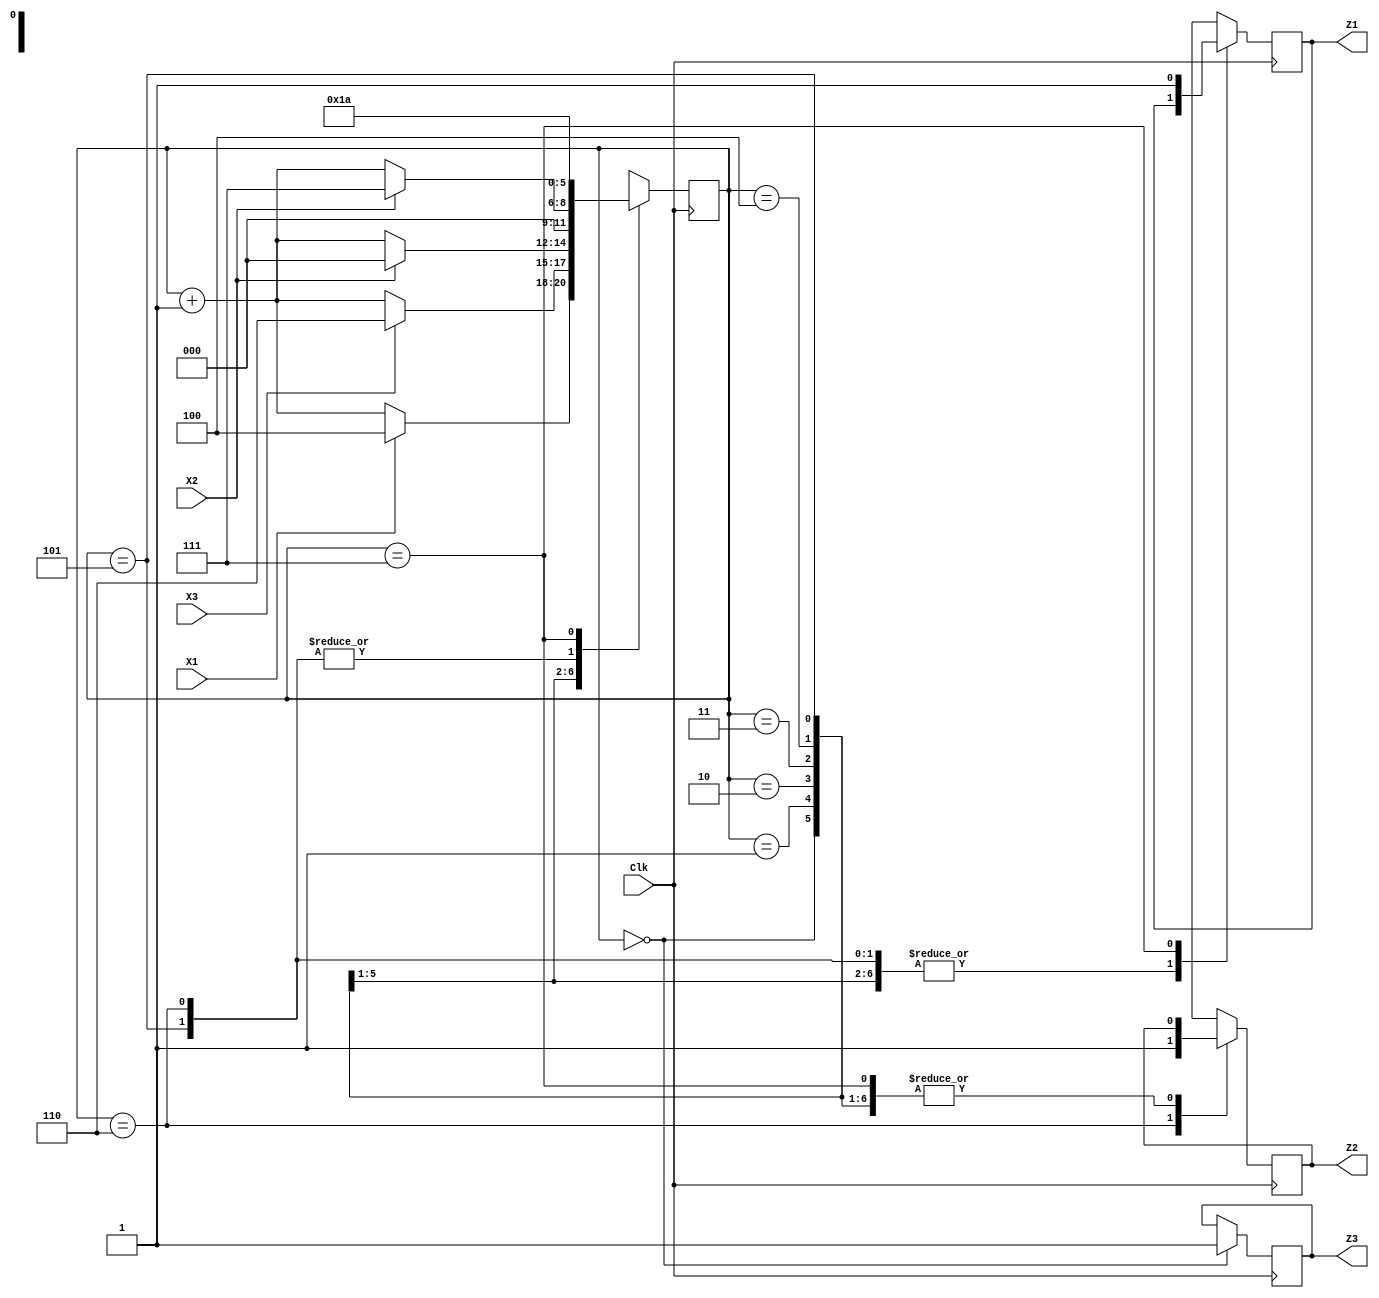
module HW3_SQSA_microprogram(Clk, X1, X2, X3, Z1, Z2, Z3);
	output reg Z1, Z2, Z3;
	input Clk;
	input X1, X2, X3;

	reg[2:0] State;

	initial begin
		State = 0;

	end
	always @(posedge Clk)
	begin
		
		case(State)
			0:
				begin
					Z3 <= 1'b1;
					if(X1==1'b1)begin
						State <= 4;
					end
					else begin
						State <= State+1;
					end
				end
			1:
				begin
					if(X3==1'b1)begin
						State <= 6;
					end
					else begin
						State <= State+1;
					end
				end

			2:
				begin
					if(X2==1'b1)begin
						State <= 0;
					end
					else begin
						State <= State+1;
					end
				end

			3:
				begin
					State <= 0;
				end

			4:
				begin
					if(X2==1'b1)begin
						State <= 7;
					end
					else begin
						State <= State+1;
					end
				end

			5:
				begin
					State <= 3;
				end

			6:
				begin
					Z2 = 1'b1;
					State <= 3;
				end
			7:
				begin
					Z1 = 1'b1;
					State <= 2;
				end
			default:
				begin
					State <= 0;
				end
		endcase
	end


endmodule